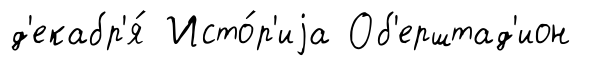
д'екабр'я́ Исто́р'иjа Об'ерштад'ион